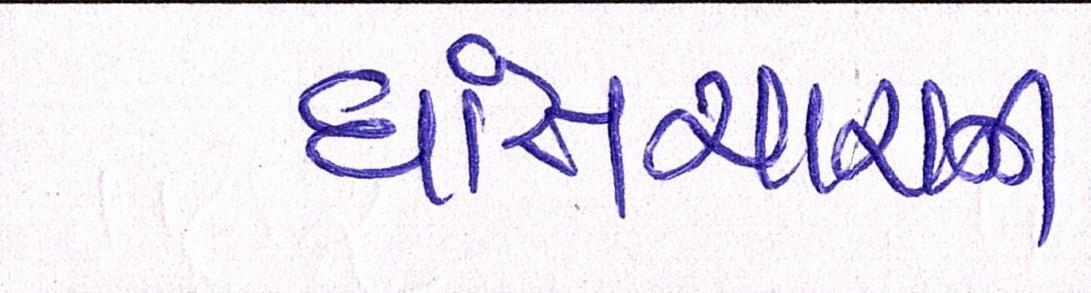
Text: ઘાંસચારાની